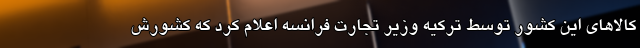
کالاهای این کشور توسط ترکیه وزیر تجارت فرانسه اعلام کرد که کشورش